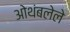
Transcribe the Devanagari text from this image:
ओथंबलेले